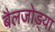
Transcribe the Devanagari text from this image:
बैलजोड्या